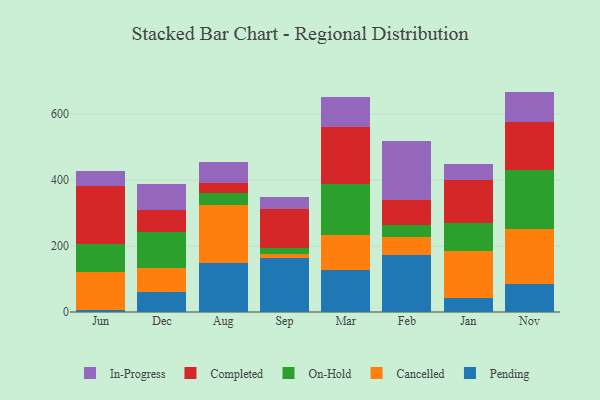
{"axis": {"x": "Month", "y": "Tickets Resolved"}, "legend": ["Cancelled", "Completed", "In-Progress", "On-Hold", "Pending"], "data": [{"x": "Jun", "y": 6.4, "type": "Pending"}, {"x": "Jun", "y": 114.2, "type": "Cancelled"}, {"x": "Jun", "y": 84.3, "type": "On-Hold"}, {"x": "Jun", "y": 178.3, "type": "Completed"}, {"x": "Jun", "y": 44.1, "type": "In-Progress"}, {"x": "Dec", "y": 61.8, "type": "Pending"}, {"x": "Dec", "y": 72.8, "type": "Cancelled"}, {"x": "Dec", "y": 109.4, "type": "On-Hold"}, {"x": "Dec", "y": 65.7, "type": "Completed"}, {"x": "Dec", "y": 77.2, "type": "In-Progress"}, {"x": "Aug", "y": 149.9, "type": "Pending"}, {"x": "Aug", "y": 175.0, "type": "Cancelled"}, {"x": "Aug", "y": 34.9, "type": "On-Hold"}, {"x": "Aug", "y": 31.7, "type": "Completed"}, {"x": "Aug", "y": 62.5, "type": "In-Progress"}, {"x": "Sep", "y": 163.5, "type": "Pending"}, {"x": "Sep", "y": 11.4, "type": "Cancelled"}, {"x": "Sep", "y": 19.9, "type": "On-Hold"}, {"x": "Sep", "y": 118.6, "type": "Completed"}, {"x": "Sep", "y": 35.6, "type": "In-Progress"}, {"x": "Mar", "y": 126.8, "type": "Pending"}, {"x": "Mar", "y": 105.4, "type": "Cancelled"}, {"x": "Mar", "y": 154.8, "type": "On-Hold"}, {"x": "Mar", "y": 172.5, "type": "Completed"}, {"x": "Mar", "y": 91.0, "type": "In-Progress"}, {"x": "Feb", "y": 173.2, "type": "Pending"}, {"x": "Feb", "y": 52.9, "type": "Cancelled"}, {"x": "Feb", "y": 39.0, "type": "On-Hold"}, {"x": "Feb", "y": 74.8, "type": "Completed"}, {"x": "Feb", "y": 177.2, "type": "In-Progress"}, {"x": "Jan", "y": 43.3, "type": "Pending"}, {"x": "Jan", "y": 140.9, "type": "Cancelled"}, {"x": "Jan", "y": 86.5, "type": "On-Hold"}, {"x": "Jan", "y": 128.5, "type": "Completed"}, {"x": "Jan", "y": 48.7, "type": "In-Progress"}, {"x": "Nov", "y": 85.3, "type": "Pending"}, {"x": "Nov", "y": 166.5, "type": "Cancelled"}, {"x": "Nov", "y": 179.7, "type": "On-Hold"}, {"x": "Nov", "y": 144.0, "type": "Completed"}, {"x": "Nov", "y": 92.7, "type": "In-Progress"}]}